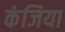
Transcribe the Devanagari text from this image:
कंजिया